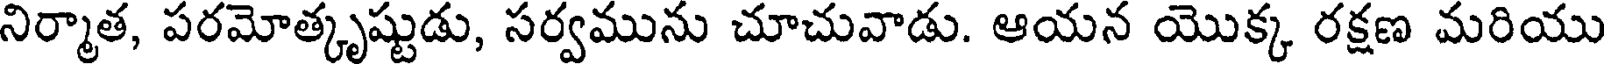
నిర్మాత, పరమోత్కృష్టుడు, సర్వమును చూచువాడు. ఆయన యొక్క రక్షణ మరియు